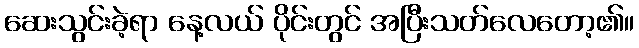
ဆေးသွင်းခဲ့ရာ နေ့လယ် ပိုင်းတွင် အပြီးသတ်လေတော့၏။